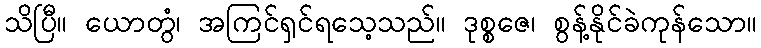
သိပြီ။ ယောတွံ၊ အကြင်ရှင်ရသေ့သည်။ ဒုစ္စဇေ၊ စွန့်နိုင်ခဲကုန်သော။